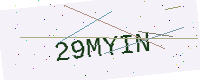
Text: 29MYIN